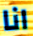
انا